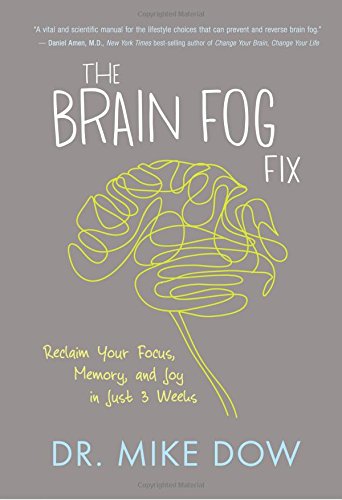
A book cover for The Brain Fog Fix: Reclaim Your Focus, Memory, and Joy in Just 3 Weeks; Mike Dow; Self-Help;